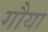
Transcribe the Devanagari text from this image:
गौया